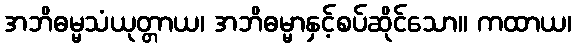
အဘိဓမ္မသံယုတ္တာယ၊ အဘိဓမ္မာနှင့်စပ်ဆိုင်သော။ ကထာယ၊